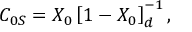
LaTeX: C _ { 0 S } = X _ { 0 } \left[ 1 - X _ { 0 } \right] _ { d } ^ { - 1 } ,